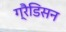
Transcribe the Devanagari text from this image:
ग्रैडिसन